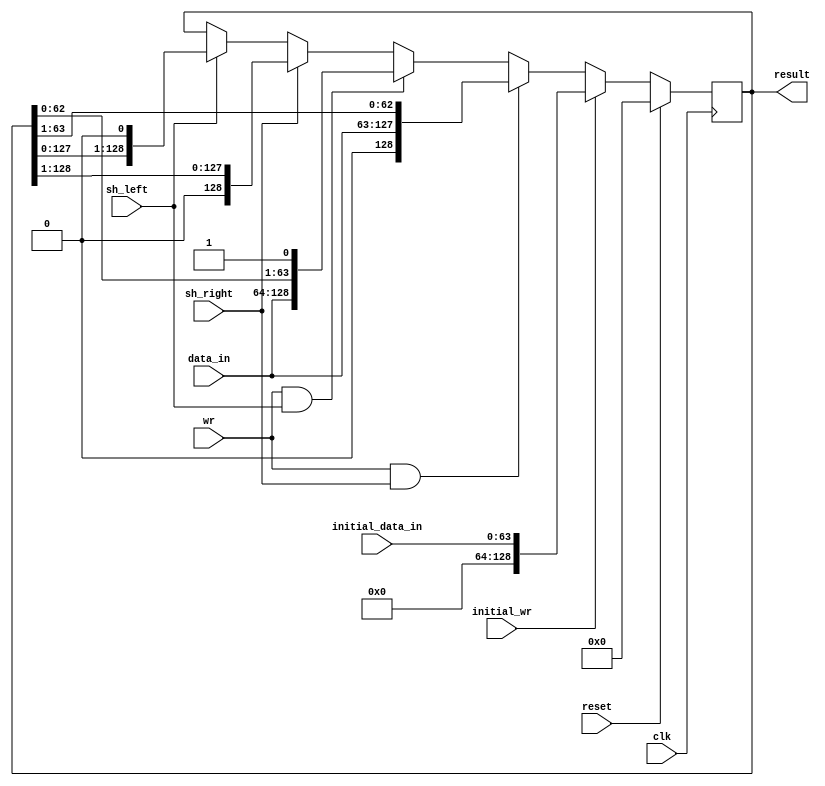
module result_register(clk, reset, data_in, wr, initial_data_in, initial_wr, sh_right, sh_left, result);
    input [64:0] data_in;
    input [63:0] initial_data_in;
    input clk, reset, wr, initial_wr, sh_right, sh_left;

    output [128:0] result;

    reg [128:0] result_reg;

    always @(posedge clk) begin
        if (reset) 
            result_reg <= 129'd0;   // outputs the 129 bits 0's when reset is high
        else begin
            if (initial_wr == 1) 
                result_reg <= {65'd0, initial_data_in};             // when initial_wr is on , the output is concatenation of 65'd0 and initial_data-in
            else begin
                if (wr && sh_right) 
                    result_reg <= {1'd0, data_in, result_reg[63:1]};    // when wr and sh_right signals are on ,output is concatenation of 1'd0, data_in and 64 bits updated result_reg

                else if (wr && sh_left)
                    result_reg <= {data_in, result_reg[62:0], 1'b1};    //when wr and sh_left signals are on ,output is concatenation of  data_in and 64 bits updated result_reg and 1'd1

                else if (sh_right) 
                    result_reg <= {1'd0, result_reg[128:1]};  // when only sh_right is on , the output is concatenation of 1'd0 and 128 bits result register 

                else if (sh_left)
                    result_reg <= {result_reg[127:0], 1'b0};  // when only sh_left is on , the output is concatenation of  128 bits result register and 1'd0 
            end
        end
    end

    assign result = result_reg;
endmodule